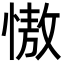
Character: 慠